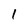
Character: 1